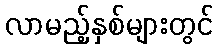
လာမည့်နှစ်များတွင်